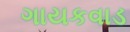
ગાયકવાડ